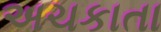
અચકાતા